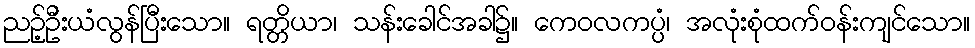
ညဉ့်ဦးယံလွန်ပြီးသော။ ရတ္တိယာ၊ သန်းခေါင်အခါ၌။ ကေဝလကပ္ပံ၊ အလုံးစုံထက်ဝန်းကျင်သော။